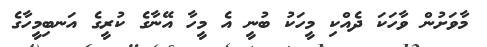
މާވަށުން ވާހަކަ ދެއްކި މީހަކު ބުނީ އެ މީހާ އޭނާގެ ކުރީގެ އަނބިމީހާގެ